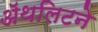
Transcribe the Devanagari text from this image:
ॲथलिटने